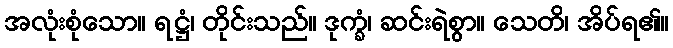
အလုံးစုံသော။ ရဋ္ဌံ၊ တိုင်းသည်။ ဒုက္ခံ၊ ဆင်းရဲစွာ။ သေတိ၊ အိပ်ရ၏။